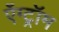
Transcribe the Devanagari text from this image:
ऐंग्ट्रॉम